Vital statistics of India. Vol. IV, Annual returns from 1871 to 1876. British Army of India, Native Army and jails of Bengal
Year: 1871
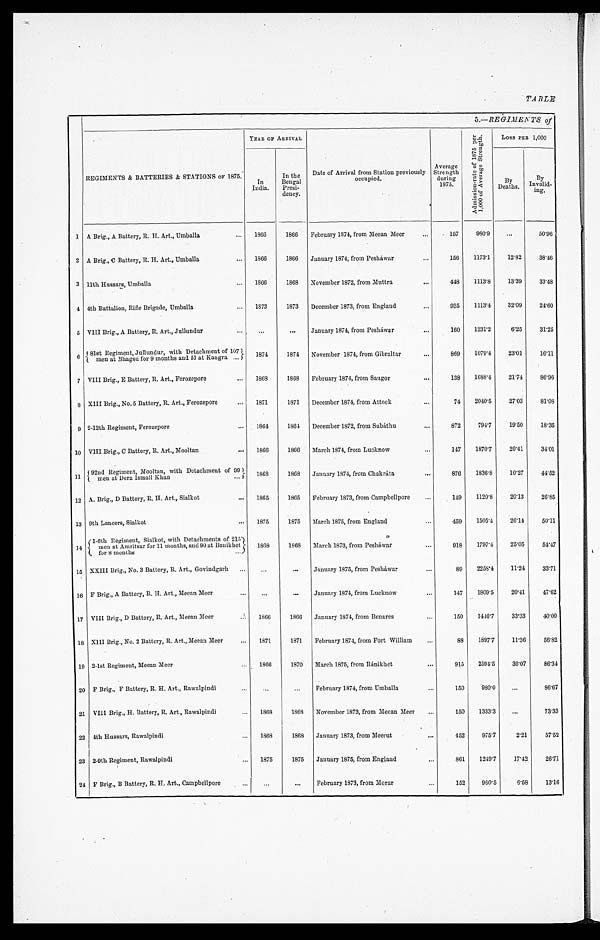
TABLE
5.—REGIMENTS of
REGIMENTS & BATTERIES & STATIONS of 1875.
YEAR OF ARRIVAL
A d m i s s i o n - r a t e o f 1 8 7 5 p e r 1 , 0 0 0 o f A v e r a g e S r e n g t h .
Loss PER 1,000
In
India.
In the
Bengal
Presi-
dency.
Date of Arrival from Station previously
occupied.
Average
Strength
during
1875.
By
Deaths.
By
Invalid-
i n g .
1 A Brig., A Battery, R. H. Art., Umballa
... 1866
1866 February 1874, from Meean Meer
...
157
980.9
...
50.96
2 A Brig., C Battery, R. H. Art., Umballa
... 1866
1866 January 1874, from Pesháwa
...
1 5 6 1173.1
12.82
38.46
3 11th Hussars, Umballa
... 1866
1868 November 1872, from Muttra
...
4 4 8 1113.8
13.39
33.48
4 4th Battalion, Rifle Brigade, Umballa
... 1873
1873 December 1873, from Englan
...
9 3 5 1113.4
32.09
24.60
5 VIII Brig., A Battery, R. Art., Jullundur
...
. . .
...
January 1874, from Pesháwar
...
160
1231.2
6.25
31.25
6
81 st Regiment Jullundur, with Detachment of 107
men at Bhagsu for 9 months and 51 at Kaugra
...
1 8 7 4
1874 November 1874, from Gibraltar
...
869
1079.4
23.01
16.11
7 VIII Brig., E Battery, R. Art., Ferozepore
... 1868
1868 February 1874, from Saugor
...
138
1688.4
21.74
86.96
8 XIII Brig., No. 5 Battery, R. Art., Ferozepore
... 1871
1871 December 1874, from Attock
...
74 2040.5
27.03
81.08
9 2-12th Regiment, Ferozepore
...
1864
1864 December 1872, from Subáthu
...
872
794.7
19.50
18.35
10 VIII Brig., C Battery, R. Art., Mooltan
... 1866
1866 March 1874, from Lucknow
...
1 4 7 1870.7
20.41
34.01
1 1
92nd Regiment Mooltan, with Detachment of 99
men at Dera Ismail Khan
...
1868
1868 January 1874, from Chakráta
...
876
1836.8
10.27
44.52
12 A. Brig., D Battery, R. H. Art., Sialkot
... 1865
1865 February 1873, from Campbellpore
...
149
1120.8
20.13
26.85
13 9th Lancers, Sialkot
... 1875
1875 March 1875, from England
...
4 5 9 1505.4
26.14
50.11
14
1-6th Regiment, Sialkot, with Detachments of 215
men at Amritsar for 11 months, and 90 at Banikhet
f or 8 mont hs
. . .
1868
1868 March 1873, from Pesháwa
...
9 1 8 1797.4
25.05
54.47
15 XXIII. Brig., No. 3 Battery, R. Art., Govindgarh ...
. . .
...
January 1875, from Pesháwa
...
8 9 2258.4
11.24
33.71
16 F Brig., A Battery, R. H. Art., Meean Meer
...
. . .
...
January 1874, from Lucknow
...
147
1809.5
20.41
47.62
17 VIII Brig., D Battery, R. Art., Meean Meer
... 1866
1866 January 1874, from Benares
...
150
1446.7
33.33
40.00
18 XIII Brig., No. 2 Battery, R. Art., Meean Meer
... 1871
1871 February 1874, from Fort William
...
88
1897.7
11.36
56.82
19 2-1st Regiment, Meean Meer
... 1866
1870 March 1875, from Ranikhet
...
915
2594.5
36.07
86.34
20 F Brig., F Battery, R. H. Art., Rawalpindi
...
. . .
...
February 1874, from Umballa
...
150
980.0
...
86.67
21 VIII Brig.,H. Battery, R. Art., Rawalpindi
... 1868
1868 November 1873, from Meean Meer ...
150
1333.3
...
73.33
22 4th Hussars, Rawalpindi
... 1868
1868 January 1873, from Meerut
...
452
975.7
2.21
57.52
23 2-9th Regiment, Rawalpindi
... 1875
1875 January 1875, from England
...
8 6 1 1249.7
17.42
26.71
24 F Brig., B Battery, R. H. Art., Campbellpore
...
. . .
. . . February 1873, from Morar
...
152
960.5
6.58
13.16